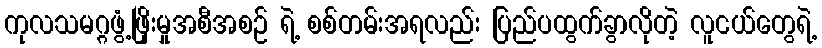
ကုလသမဂ္ဂဖွံ့ဖြိုးမှုအစီအစဉ် ရဲ့ စစ်တမ်းအရလည်း ပြည်ပထွက်ခွာလိုတဲ့ လူငယ်တွေရဲ့